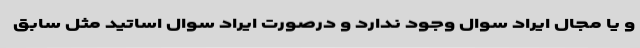
و یا مجال ایراد سوال وجود ندارد و درصورت ایراد سوال اساتید مثل سابق